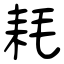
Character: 耗